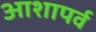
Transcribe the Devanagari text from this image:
आशापर्व